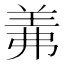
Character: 羛